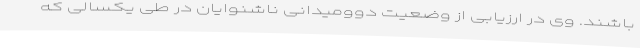
باشند. وی در ارزیابی از وضعیت دوومیدانی ناشنوایان در طی یکسالی که